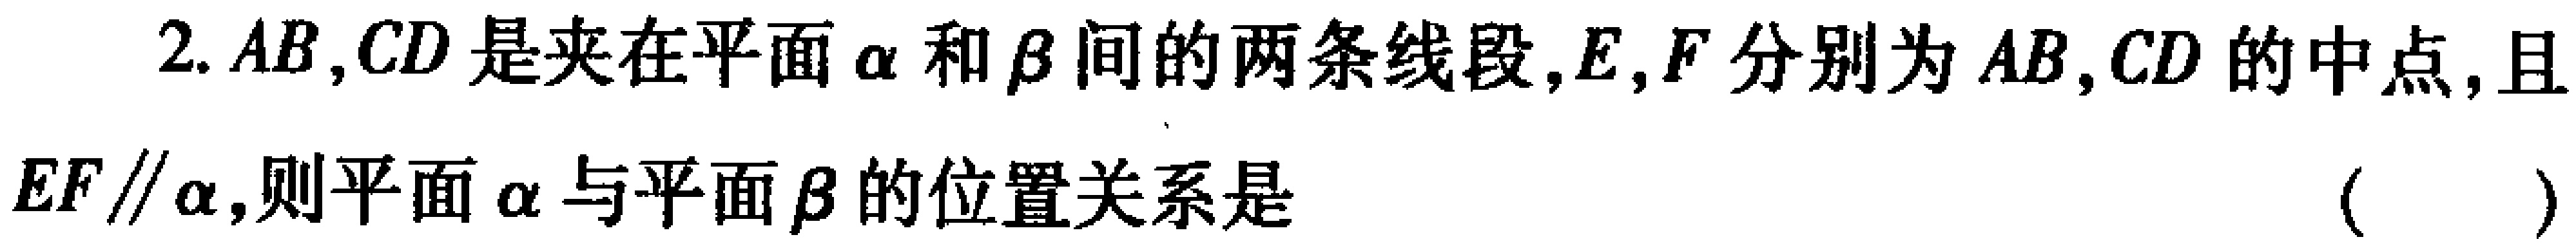
2. \(AB,CD\)是夹在平面\(\alpha\)和\(\beta\)间的两条线段，\(E,F\)分别为\(AB,CD\)的中点，且\(EF\parallel\alpha\)，则平面\(\alpha\)与平面\(\beta\)的位置关系是 （  ）